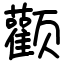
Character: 颧